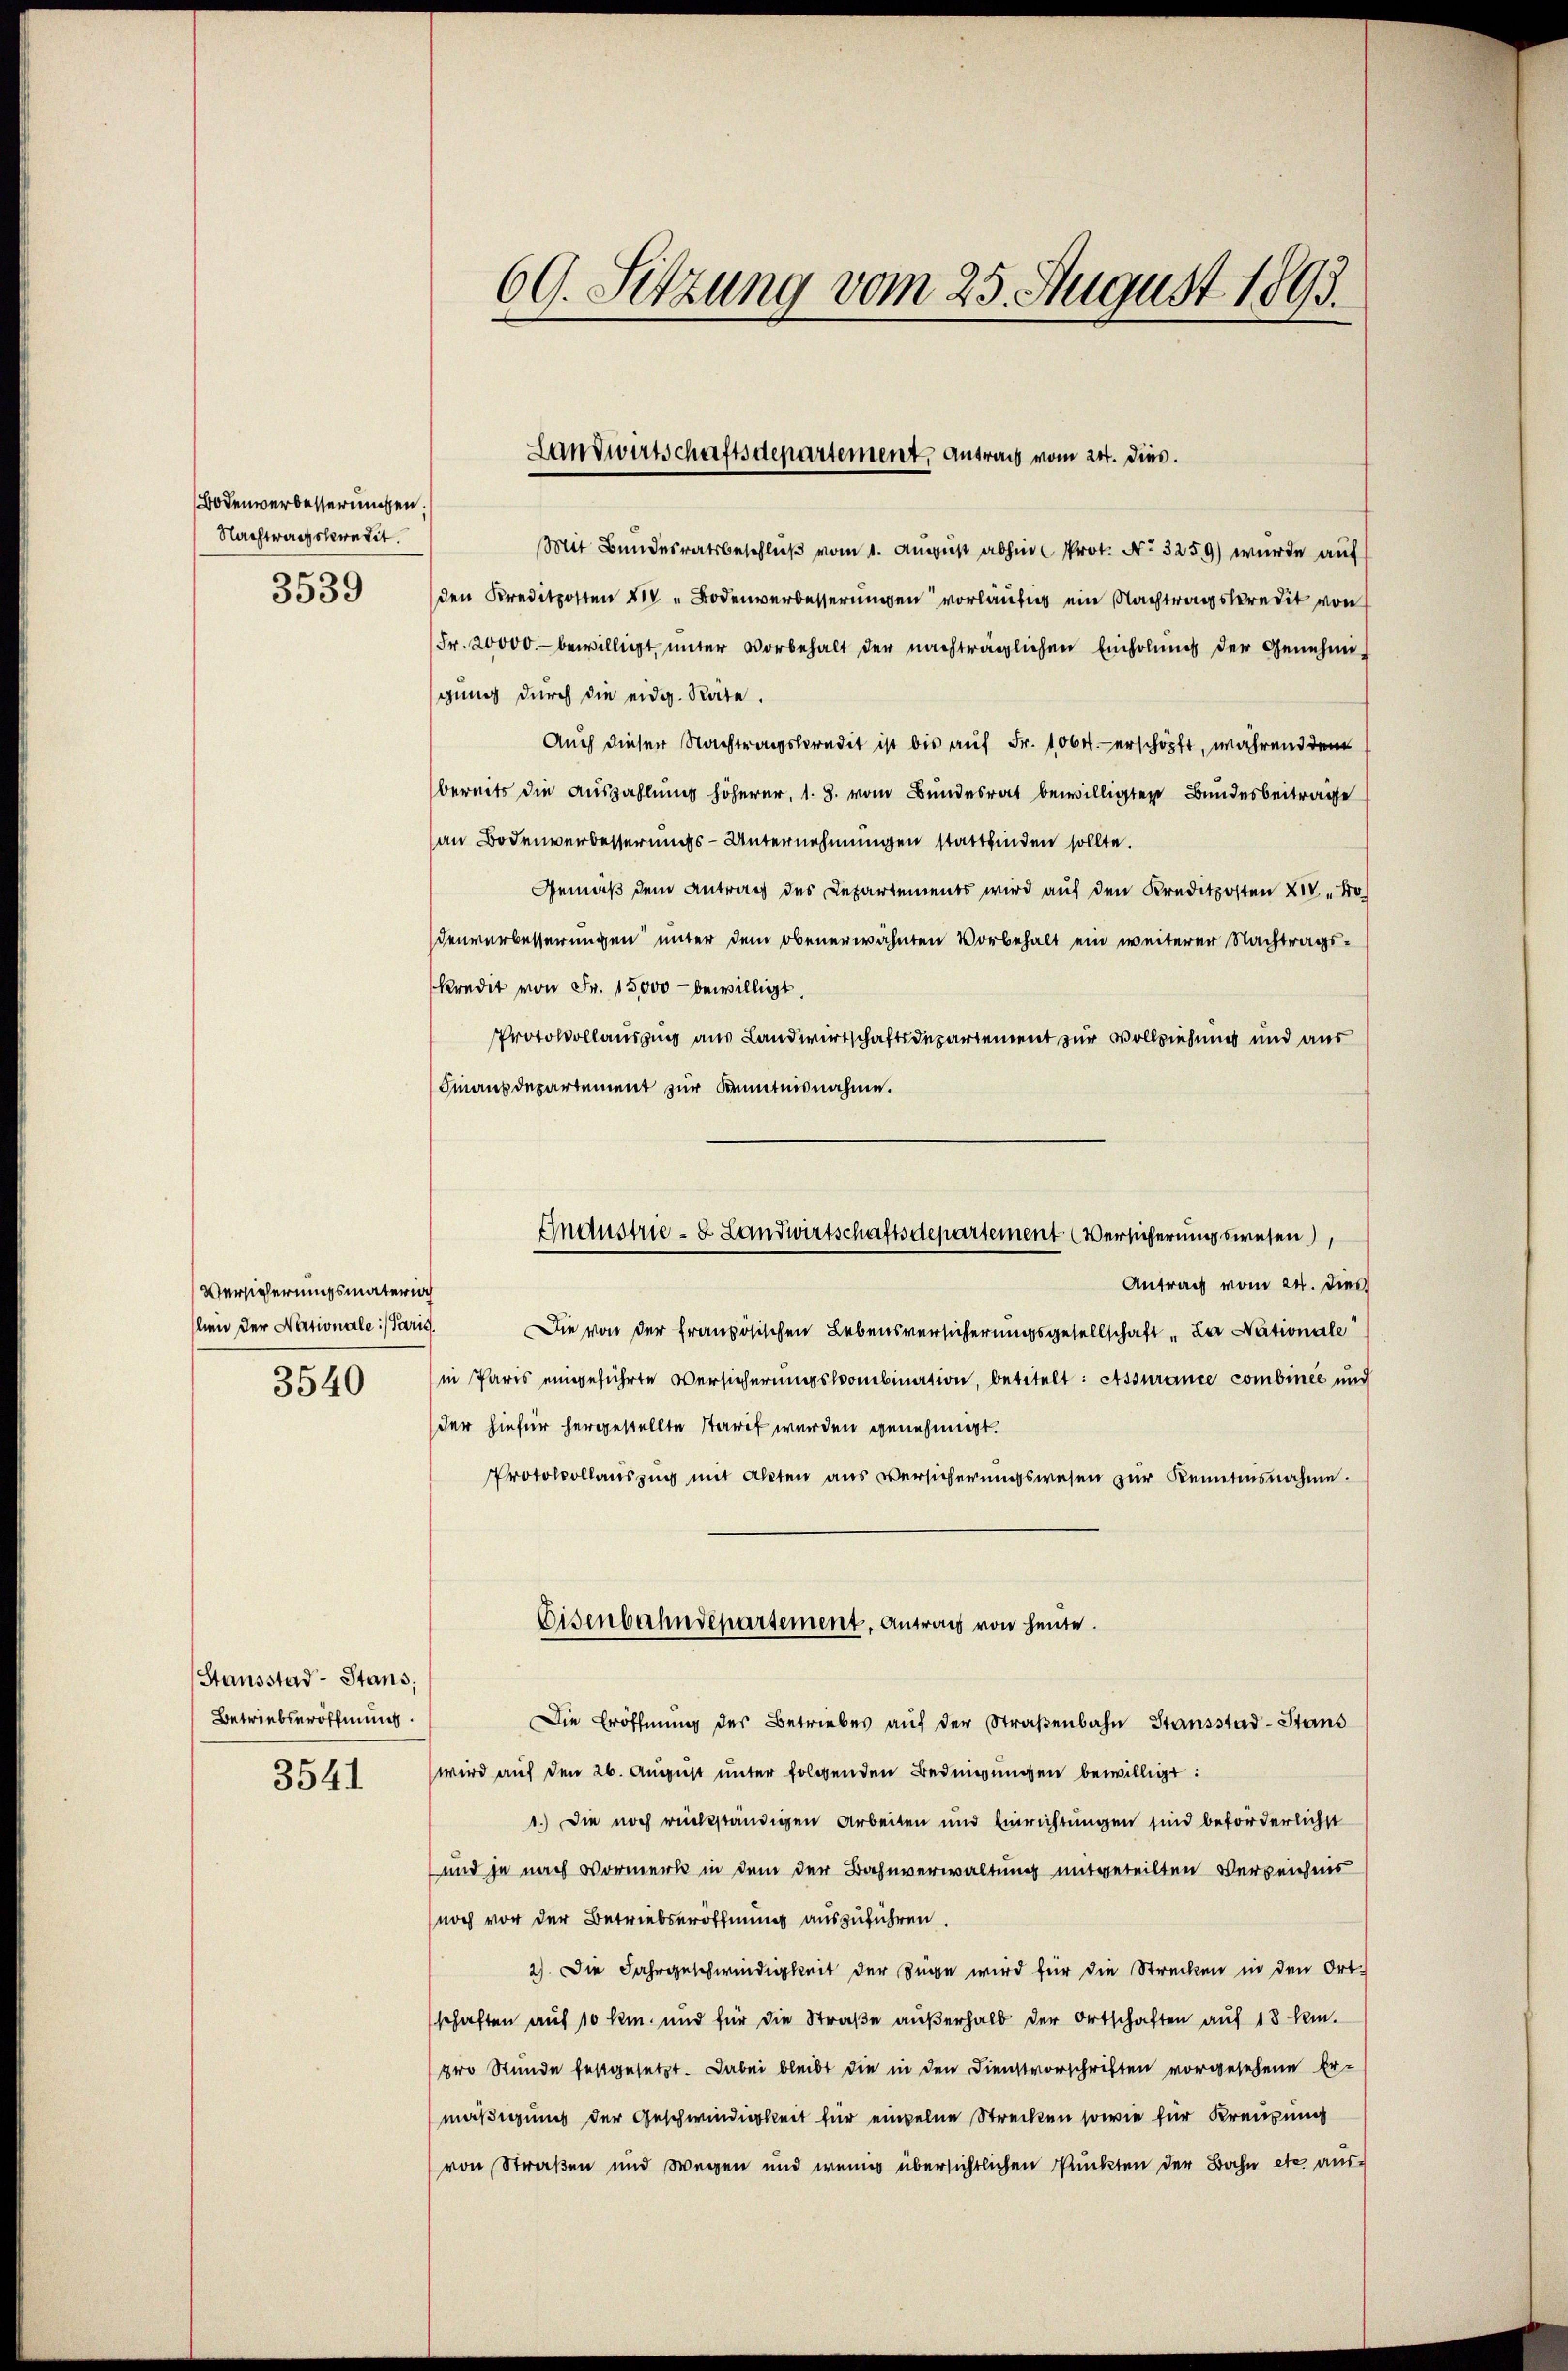
Bodenverbesserungen.
Nachtragskredit.
3539

Versicherungsmaterioch
lien der Nationale :/ Paris.

Stausstad- Stans
Betriebseröffnung.

3541

69. Setzung vom 25. August 1893.

Mit Bundesratsbeschluß vom 1. August abhin Prot. No. 3259) wurde auf
den Kreditposten XIV " Bodenverbesserungen vorläufig ein Nachtragsteredit von
Fr. 20000.- bewilligt, unter Vorbehalt der nachträglichen Einholung der Genehmi-
gung durch die eidg. Räte.
Auch dieser Nachtragsberedit ist bis auf Fr. 1000. erschöpft, während dem
bereits die Auszahlung höherer, 1. 3. vom Bundesrat bewilligten Bundesbeiträge
an Bodenverbesserungs-Unternehmungen stattfinden sollte.
Gemäß dem Antrag des Departements wird auf den Kreditposten XIV 40
denverbesserungen unter dem obenerwähnten Vorbehalt ein weiterer Nachtragskredit von Fr. 15,000 bewilligt.
Protokollausung aus Landwirtschaftsdepartement zur Vollziehung und aus
Finanzdepartement zur Kenntnisnahme.
Antrag vom 24. Dies
Die von der französischen Lebensversicherungsgesellschaft „La Nationale
3540 in Paris eingeführte Versicherungskombination, betitelt: Assurance combinee und
der hiefür hergestellte starrt werden genehmigt.
Protokollauszug mit Akten aus Versicherungswesen zur Kenntnisnahme.
Eisenbahndepartement, Antrag von heute.
Die Eröffnung des Betriebes aŭf der Straβenbahn Stansstad-Stans
wird auf den 26. August unter folgenden Bedingungen bewilligt:
1.) Die noch rückständigen Arbeiten und Einrichtungen sind beforderlichst
und je nach Vormerk in dem der Bahnverwaltung mitgeteilten Verzeichnis
noch vor der Betriebseröffnung auszuführen.
2) Die Jahrgeschwindigkeit der Züge wird für die Strecken in den Ort-
schaften auf 10 km. und für die Straβe aŭβerhalb der Ortschaften auf 18 km.
pro Stunde festgesetzt. Dabei bleibt die in den Dienstvorschriften vorgesehene Er-
mäßigung der Geschwindigkeit für einzelne Strecken sowie für Kreuzung
von Straßen und Wegen und wenig übersichtlichen Punkten der Bahn etc. aus-

Landwirtschaftsdepartement, antrag vom 24. dies.

Industrie- & Landwirtschaftsdepartement (Versicherungswesen,